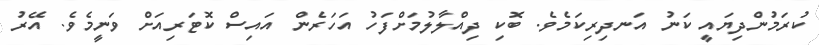
ކުރަމުންދިޔައީ ކަނު އަނދިރިކަމެވެ. ބޮކި ދިއްލާލުމަށްފަހު އަހަރެން އައިސް ކޮޓަރިއަށް ވަނީމެވެ. އޭރު